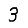
Digit: 3